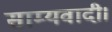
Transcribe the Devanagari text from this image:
साम्यवादी।